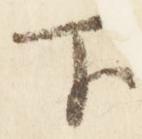
下